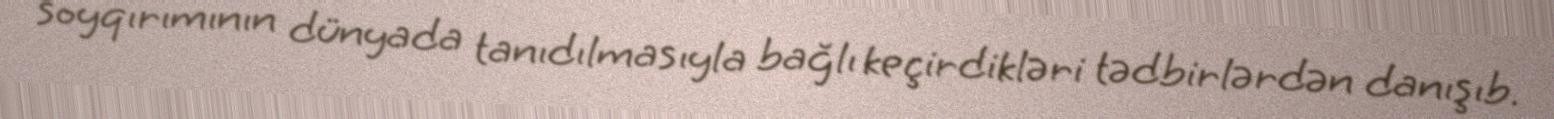
soyqırımının dünyada tanıdılmasıyla bağlı keçirdikləri tədbirlərdən danışıb.